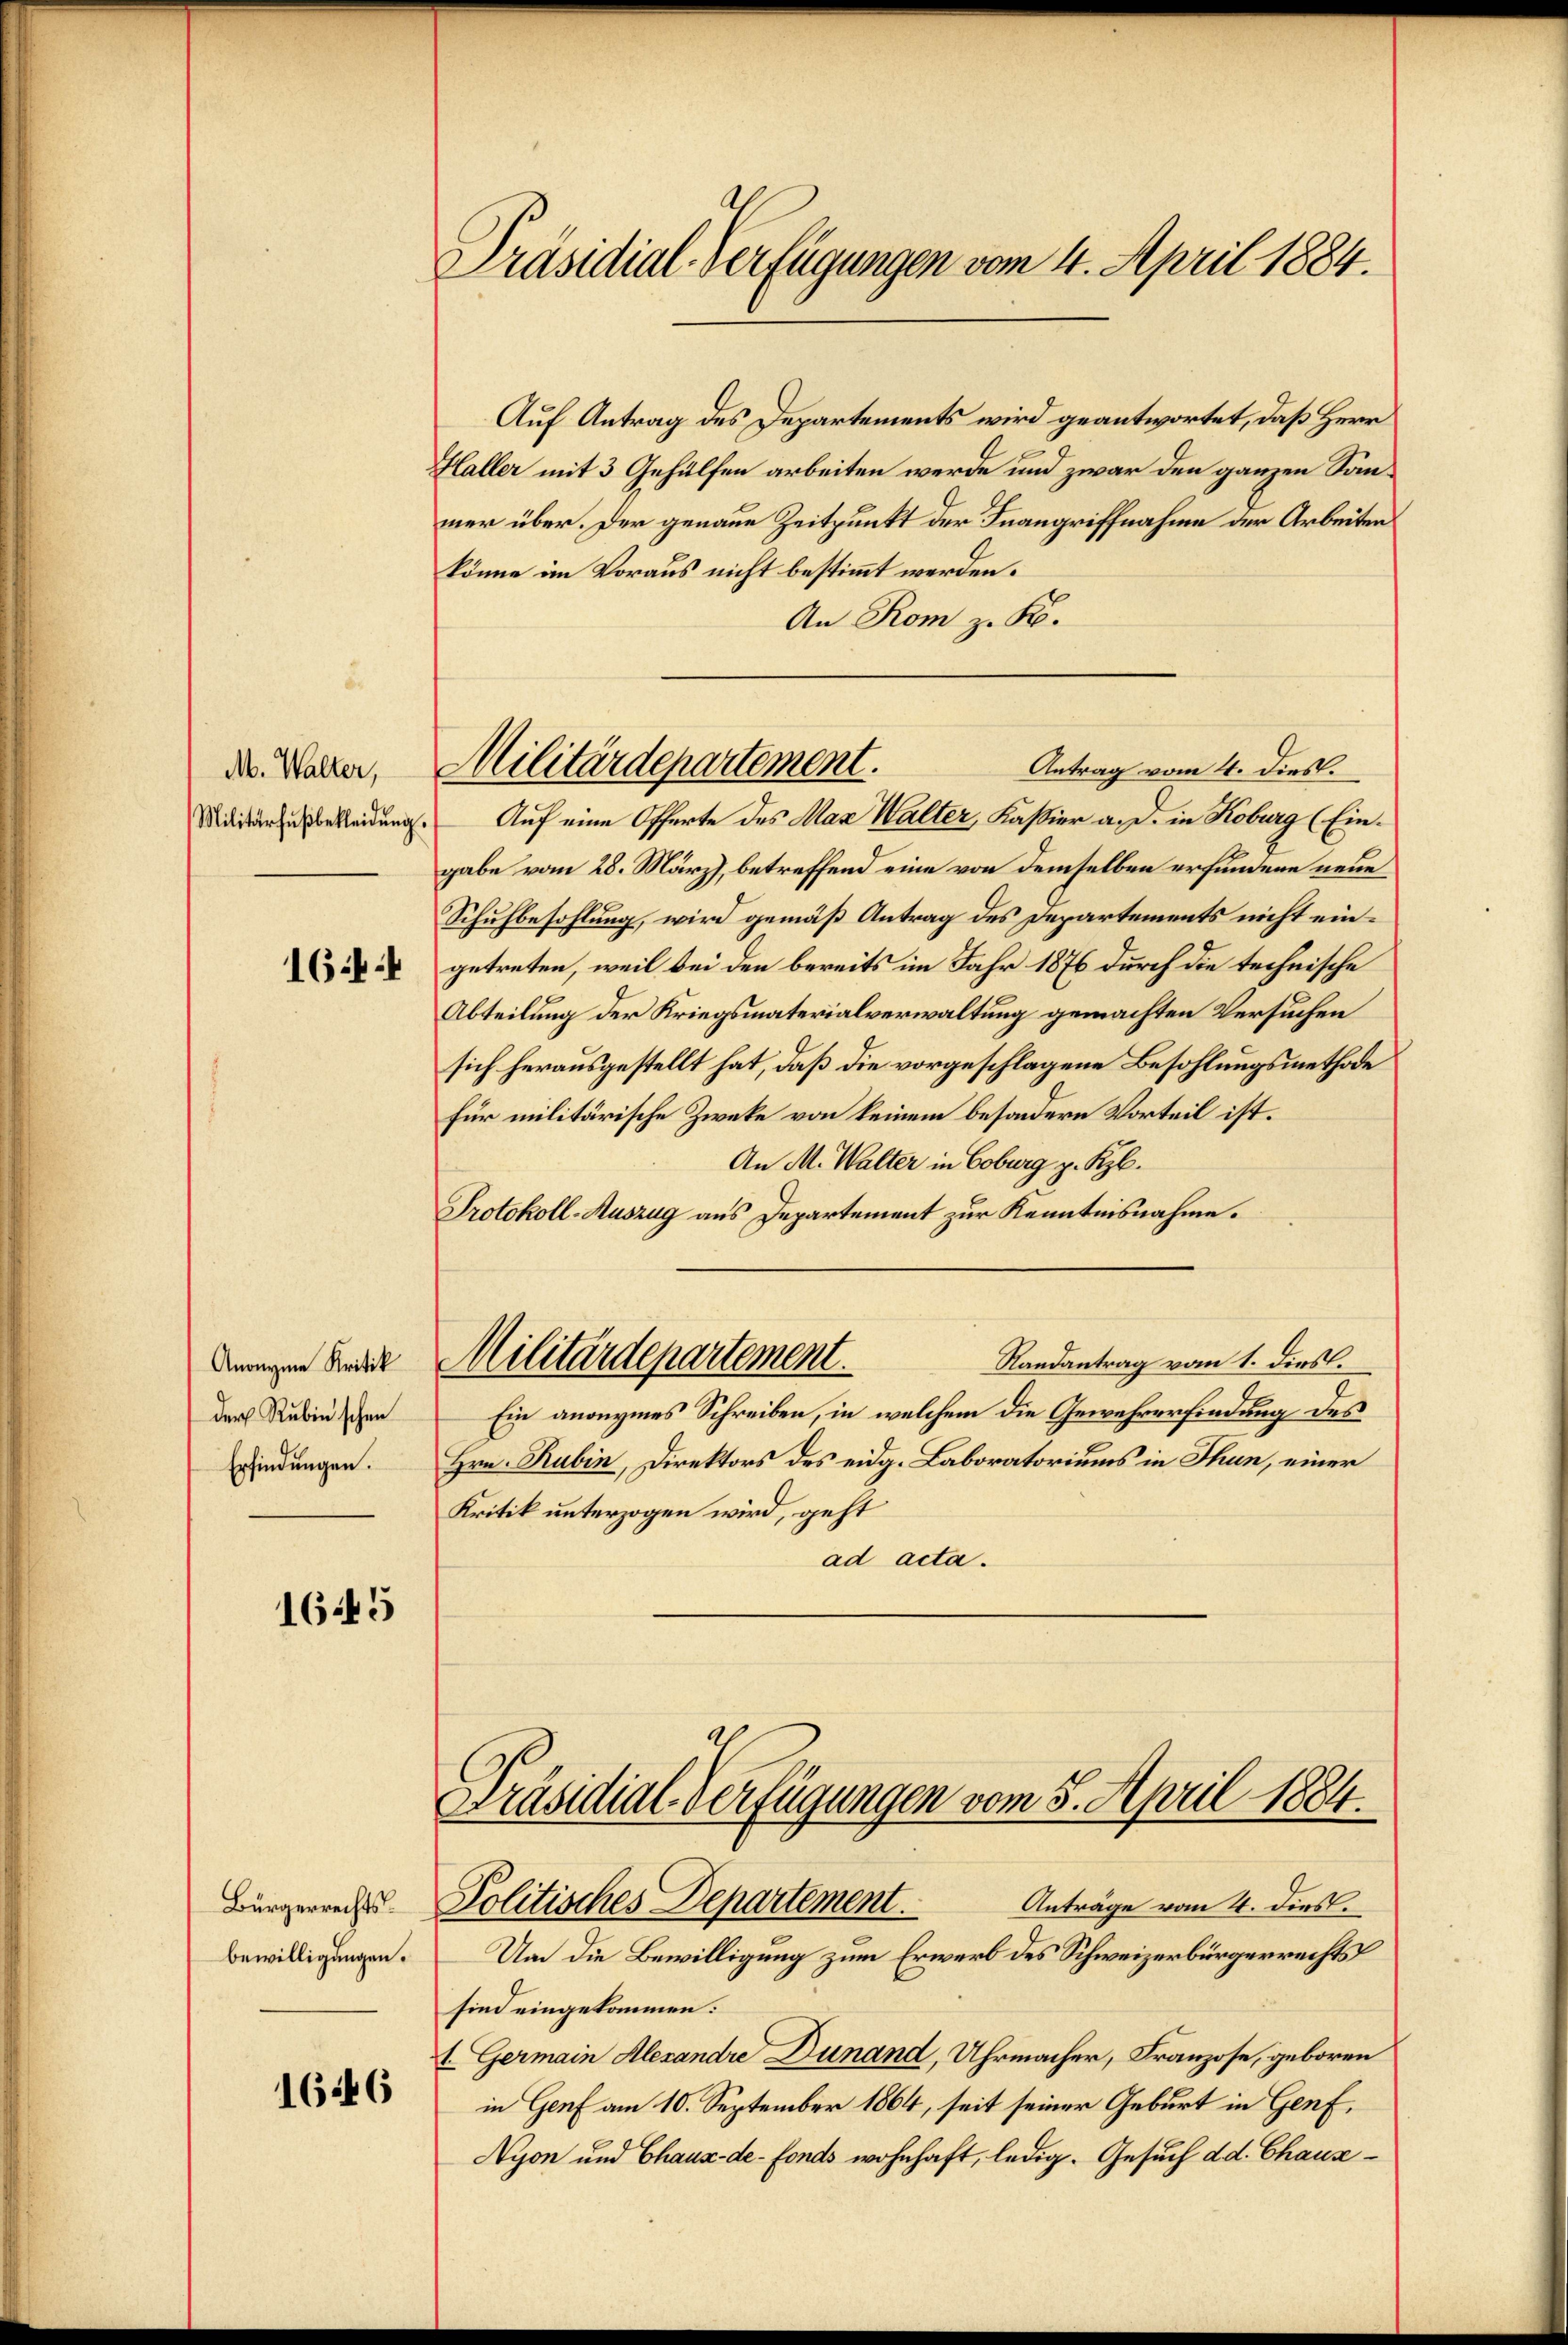
M. Walter,
Militärfußbekleidung,
1644

Anonyme Kritik
der Rubin schon
Erfindungen.

1645

Bürgerrechtsbewilligungen.

1646

Präsidial-Verfügungen vom 4. April 1884.

Auf Antrag des Departements wird geantwortet, daß Herr
Haller mit 3 Gehülfen arbeiten werde und zwar den ganzen Sänmer über. Der genaue Zeitpunkt der Inangriffnahme der Arbeiten
könne im Voraus nicht bestimmt werden.
An Rom z. Ko
Antrag vom 4. dies.
Auf eine Offerte des Max Walter, Kassier a. D. in Koburg (Eingabe vom 28. März), betreffend eine von demselben erfundene neue
Schulbesohlung, wird gemäß Antrag des Departements nicht eingetreten, weil bei den bereits im Jahr 1876 durch die technische
Abteilung der Kriegsmaterialverwaltung gemachten Versuchen
sich herausgestellt hat, daß die vorgeschlagene Besohlungsmethode
Für militärische Zwecke von keinem besondern Vorteil ist.
An M. Walter in Coburg z. Kzb.
Protokoll-Auszug aus Departement zur Kenntnisnahme.
Randantrag vom 1. dies
Militärdepartement.
Ein anonymes Schreiben, in welchem die Gewehrerfindung des
Hrn. Rubin, Direktors des eidg. Laboratoriums in Thun, einer
Kritik unterzogen wird, geht
ad acta.
Präsidial-Verfügungen vom 5. April 1884.
Anträge vom 4. dies
Politisches Departement.
Um die Bewilligung zum Erwerb des Schweizerbürgerrechts
sind eingekommen.
t. Germain Alexandre Dunand, Uhrmacher, Franzose, geboren
in Genf am 10. September 1864, seit seiner Geburt in Genf,
Nyon und Chaux-de-Fonds wohnhaft, ledig. Gesuch d d. Chaus¬

Militärdepartement.